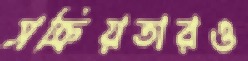
সক্রিয়তারও